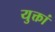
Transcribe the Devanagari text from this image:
युक्तां